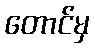
တောင်မှ